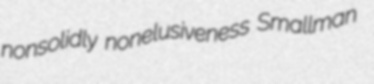
nonsolidly nonelusiveness Smallman